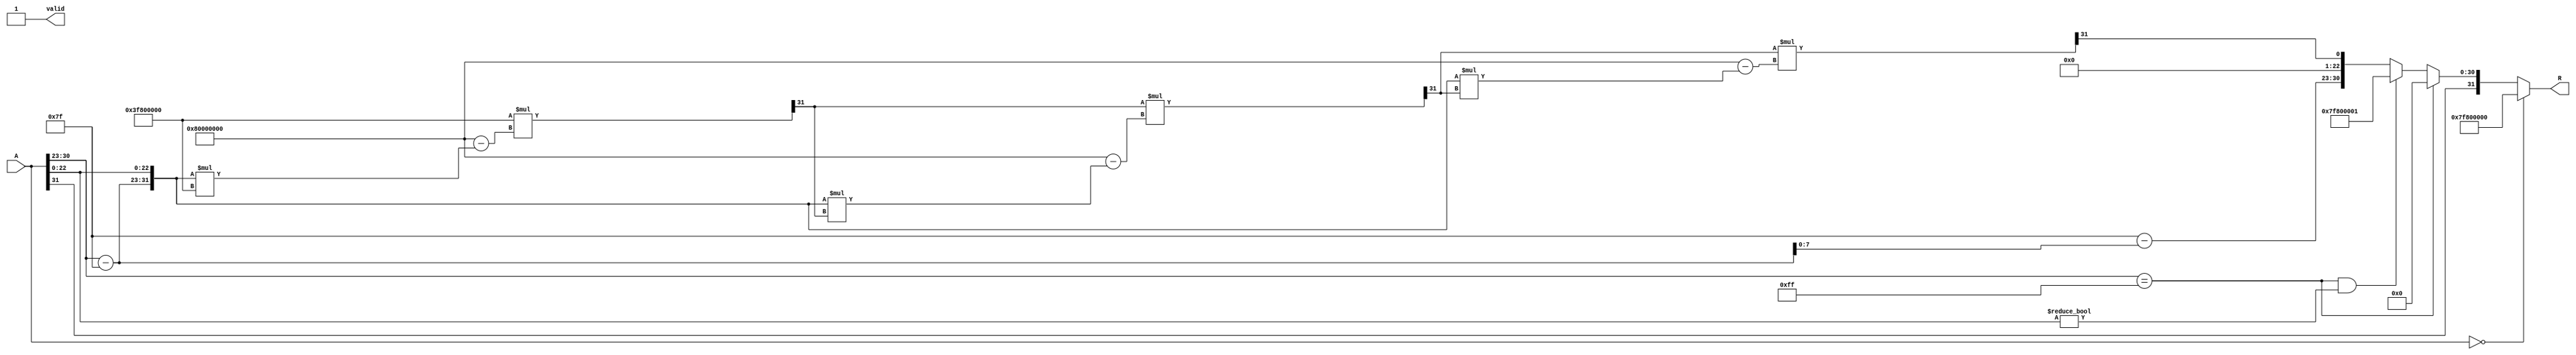
module floating_point_reciprocal (
    input wire [31:0] A,        // Input: 32-bit floating-point number
    output reg [31:0] R,        // Output: 32-bit reciprocal floating-point number
    output reg valid             // Output: Valid signal
);

    // Constants
    localparam EXPONENT_BIAS = 127;
    localparam MAX_ITERATIONS = 3;

    // Internal signals
    reg [7:0] exponent;
    reg [22:0] mantissa;
    reg sign;
    reg [31:0] x_n;             // Current guess for 1/A
    reg [31:0] A_normalized;    // Normalized input
    reg [7:0] exponent_A;
    reg [22:0] mantissa_A;
    reg [7:0] exponent_R;
    reg [22:0] mantissa_R;
    reg [7:0] iteration;

    // State machine for computation
    always @(*) begin
        // Default output
        R = 32'b0;
        valid = 1'b0;

        // Parse input A
        sign = A[31];
        exponent_A = A[30:23];
        mantissa_A = {1'b1, A[22:0]}; // Implicit leading 1 for normalized numbers

        // Handle special cases
        if (A == 32'b0) begin
            R = {1'b0, 8'hFF, 23'b0}; // Infinity
            valid = 1'b1;
        end else if (exponent_A == 8'hFF) begin
            R = {sign, 8'b0, 23'b0}; // Zero for infinity
            valid = 1'b1;
        end else if (A[30:23] == 8'hFF && A[22:0] != 23'b0) begin
            R = {sign, 8'hFF, 23'b1}; // NaN
            valid = 1'b1;
        end else begin
            // Normalize input
            A_normalized = {A[31], A[30:23] - EXPONENT_BIAS, A[22:0]};
            exponent = exponent_A - EXPONENT_BIAS;

            // Initial guess for 1/A
            x_n = {1'b0, 8'h7F, 23'b0}; // Initial guess: 1.0

            // Newton-Raphson iterations
            for (iteration = 0; iteration < MAX_ITERATIONS; iteration = iteration + 1) begin
                x_n = x_n * (32'h80000000 - A_normalized * x_n) >> 31; // x_{n+1} = x_n * (2 - A * x_n)
            end

            // Normalize the result
            mantissa_R = x_n[22:0];
            exponent_R = 8'h7F - (exponent_A - EXPONENT_BIAS); // Adjust exponent

            // Combine sign, exponent, and mantissa
            R = {sign, exponent_R, mantissa_R};
            valid = 1'b1;
        end
    end

endmodule